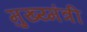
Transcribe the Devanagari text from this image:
मुख्य्मंत्री